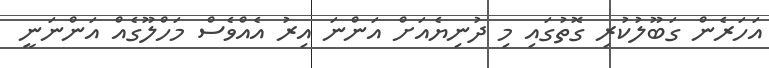
އަހަރެން ގަބޫލުކުރި ގޮތުގައި މި ދުނިޔެއަށް އަންނަ އިރު އެއްވެސް މަހްލޫގެއް އަންނަނީ